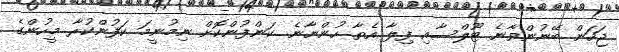
ޖަހަން ބޭނުންވާނެ ޓޫލްސާއި ފިލާ އެތާ ހުންނާނެ. ކަންފުންކޮށް ނިމުނީމަ ކަފުންކުރާ މީހުންގެ